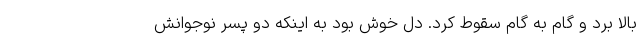
بالا برد و گام به گام سقوط کرد. دل خوش بود به اینکه دو پسر نوجوانش